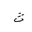
Letter: _tha